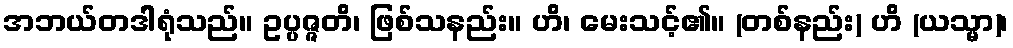
အဘယ်တဒါရုံသည်။ ဥပ္ပဇ္ဇတိ၊ ဖြစ်သနည်း။ ဟိ၊ မေးသင့်၏။ (တစ်နည်း) ဟိ (ယသ္မာ)၊